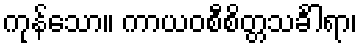
ကုန်သော။ ကာယဝစီစိတ္တသင်္ခါရာ၊